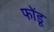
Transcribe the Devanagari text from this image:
फोंडू